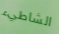
الشاطيء